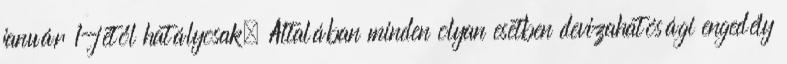
január 1-jétől hatályosak. Általában minden olyan esetben devizahatósági engedély